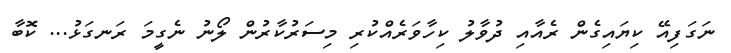
ނަގަފިއޭ ކިޔައިގެން ރެއާއި ދުވާލު ކިހާވަރެއްކުރި މިސަރުކާރުން ލޯނު ނެގީމަ ރަނގަޅު... ކޮބާ